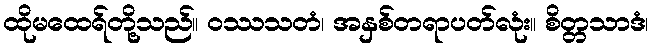
ထိုမထေရ်တို့သည်။ ဝဿသတံ၊ အနှစ်တရာပတ်လုံး။ စိတ္တသာဒံ၊